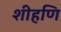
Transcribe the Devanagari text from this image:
शीहणि